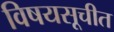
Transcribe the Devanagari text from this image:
विषयसूचीत